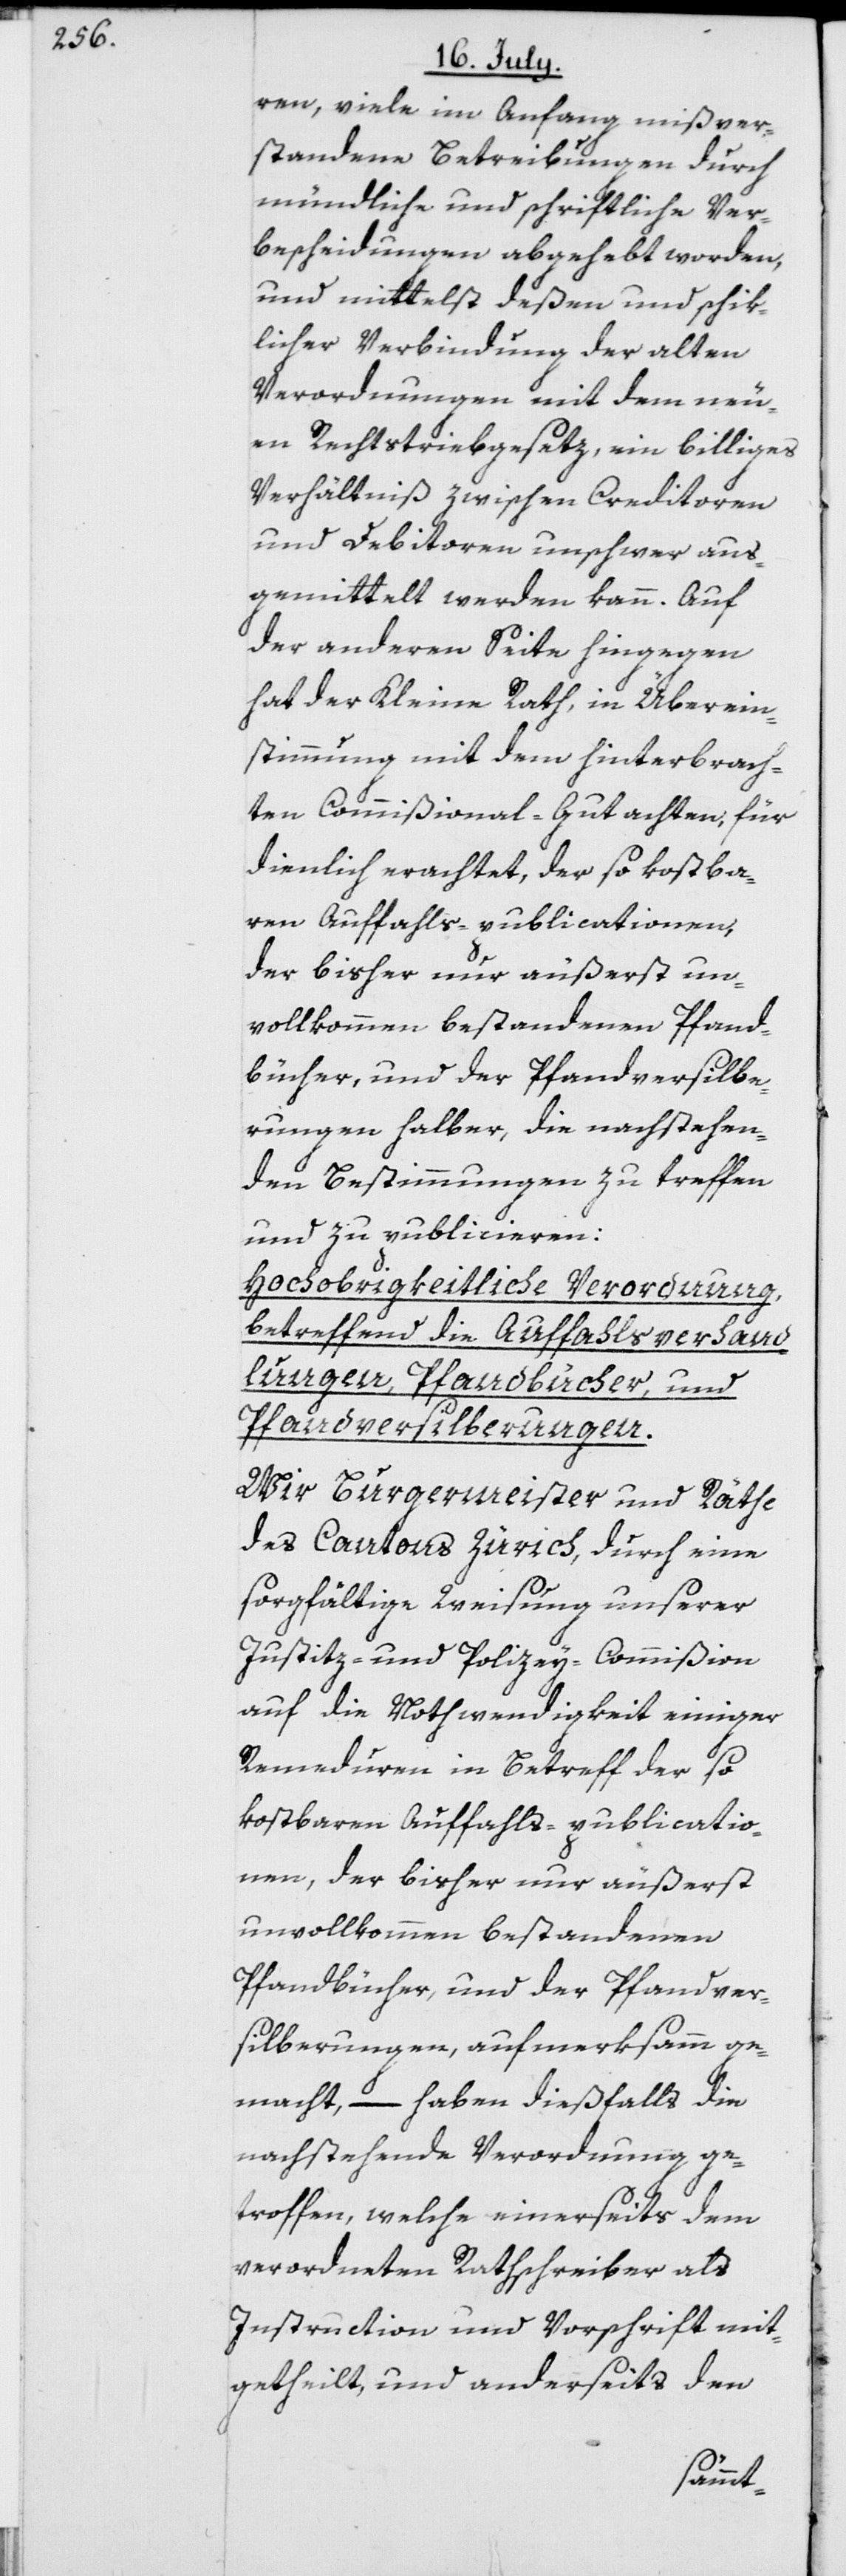
ren, viele im Anfang mißver¬
standene Betreibungen durch
mündliche und schriftliche Ver¬
bescheidungen abgehebt worden,
und mittelst deßen und schik¬
licher Verbindung der alten
Verordnungen mit dem neu¬
en Rechtstriebgesetz, ein billiges
Verhältniß zwischen Creditoren
und Debitoren unschwer aus¬
gemittelt werden kann. Auf
der anderen Seite hingegen
hat der Kleine Rath, in Überein¬
stimmung mit dem hinterbrach¬
ten Commißional-Gutachten, für
dienlich erachtet, der so kostba¬
ren Auffahls-publicationen,
der bisher nur äußerst un¬
vollkommen bestandenen Pfand¬
bücher, und der Pfandversilbe¬
rungen halber, die nachstehen¬
den Bestimmungen zu treffen
und zu publicieren:
Hochobrigkeitliche Verordnung,
betreffend die Auffahlsverhand¬
lungen, Pfandbücher, und
Pfandversilberungen.
Wir Burgermeister und Räthe
des Cantons Zürich, durch eine
sorgfältige Weisung unserer
Justitz- und Polizey-Commißion
auf die Nothwendigkeit einiger
Remeduren in Betreff der so
kostbaren Auffahls-publicatio¬
nen, der bisher nur äußerst
unvollkommen bestandenen
Pfandbücher, und der Pfandver¬
silberungen, aufmerksamm ge¬
macht, – haben dießfalls die
nachstehende Verordnung ge¬
troffen, welche einerseits dem
verordneten Rathschreiber als
Instruction und Vorschrift mit¬
getheilt, und anderseits den